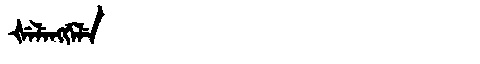
Manchu: ᡧᡝᠯᡝᠩᡤᡝᠯᡝ
Romanization: ŠELENGGELE